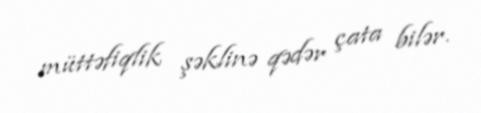
müttəfiqlik şəklinə qədər çata bilər.